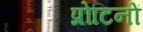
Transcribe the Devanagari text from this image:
प्रोटिनों